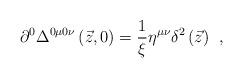
LaTeX: \begin{align*}\partial ^0\Delta ^{0\mu 0\nu }\left( \vec z,0\right)=\frac 1\xi \eta ^{\mu \nu }\delta ^2\left( \vec z\right) \;\,,\end{align*}